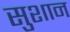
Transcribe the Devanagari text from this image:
सुशान